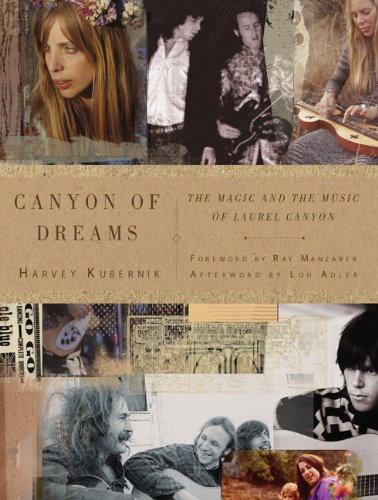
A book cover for Canyon of Dreams: The Magic and the Music of Laurel Canyon; Harvey Kubernik; Arts & Photography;